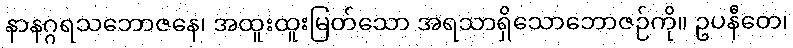
နာနဂ္ဂရသဘောဇနေ၊ အထူးထူးမြတ်သော အရသာရှိသောဘောဇဉ်ကို။ ဥပနီတေ၊